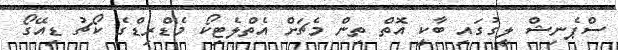
ސްޕެނިޝް ލީގުގައި ބާކީ އޮތް ތިން މެޗަށް އެތްލެޓިކޯ މެޑްރިޑްގެ ކޯޗު ޑިއޭގޯ